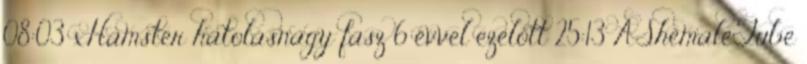
08:03 xHamster hatolásnagy fasz 6 évvel ezelőtt 25:13 AShemaleTube